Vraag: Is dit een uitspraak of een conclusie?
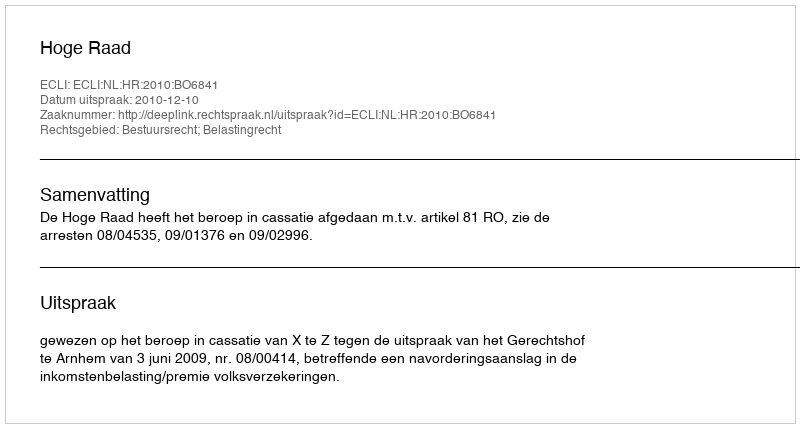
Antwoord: Uitspraak